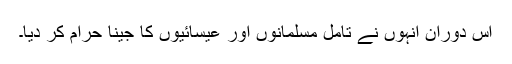
اس دوران انہوں نے تامل مسلمانوں اور عیسائیوں کا جینا حرام کر دیا۔